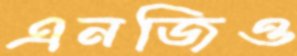
এনজিও